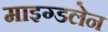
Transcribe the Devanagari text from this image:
माइग्डलेन